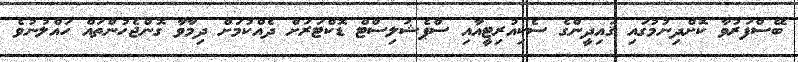
ބޭސްފަރުވާ ކޮށްދިނުމުގައި ޤައިދީންގެ ސެކިއުރިޓީއާއި ސްޕެޝަލިސްޓް ޑޮކްޓަރަށް ދެއްކުމަށް ދިމާވާ ގޮންޖެހުންތައް ހައްލުނުވެ